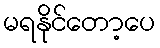
မရနိုင်တော့ပေ